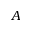
A